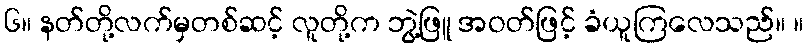
၆။ နတ်တို့လက်မှတစ်ဆင့် လူတို့က ဘွဲ့ဖြူ အဝတ်ဖြင့် ခံယူကြလေသည်။ ။